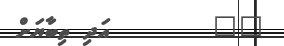
٢٠        އަދި ތިބާޔަށް